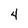
Character: 4